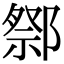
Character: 𨝋